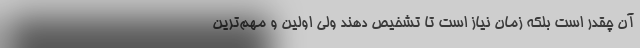
آن چقدر است بلکه زمان نیاز است تا تشخیص دهند ولی اولین و مهم‌ترین